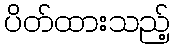
ပိတ်ထားသည့်